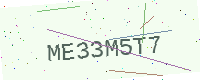
Text: ME33M5T7